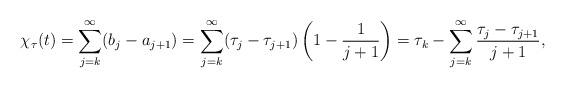
LaTeX: \begin{gather*}\chi_\tau(t)=\sum_{j=k}^\infty(b_j-a_{j+1})=\sum_{j=k}^\infty (\tau_{j}-\tau_{j+1})\left(1-\frac{1}{j+1}\right)= \tau_k-\sum_{j=k}^\infty\frac{\tau_j-\tau_{j+1}}{j+1},\end{gather*}